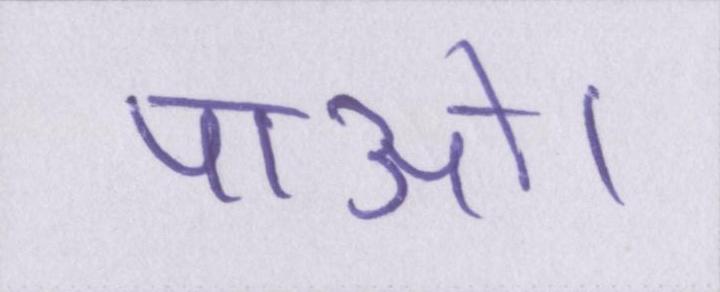
पाओ।